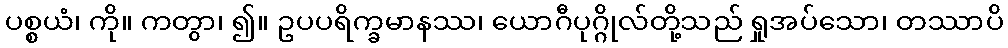
ပစ္စယံ၊ ကို။ ကတွာ၊ ၍။ ဥပပရိက္ခမာနဿ၊ ယောဂီပုဂ္ဂိုလ်တို့သည် ရှုအပ်သော၊ တဿာပိ